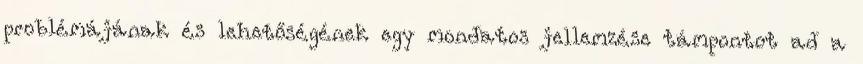
problémájának és lehetőségének egy mondatos jellemzése támpontot ad a